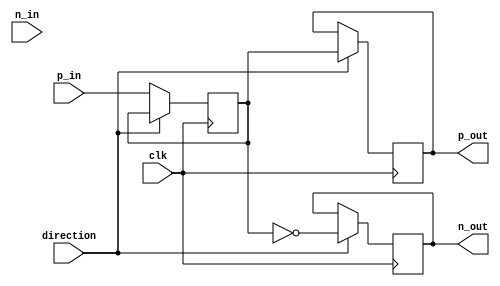
module io_buffer (
    input wire p_in,
    input wire n_in,
    output wire p_out,
    output wire n_out,
    input wire direction,
    input wire clk
);

reg buffer_data;

always @(posedge clk) begin
    if (direction) begin
        p_out <= buffer_data;
        n_out <= ~buffer_data;
    end else begin
        buffer_data <= p_in;
    end
end

endmodule